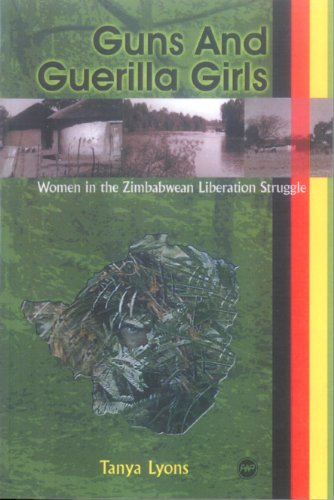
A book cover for Guns and Guerilla Girls: Women in the Zimbabwean National Liberation Struggle; Tanya Lyons; History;